65_HS1-834228961_62-HQ-83894_Section_3
Agency: FBI
Page 157
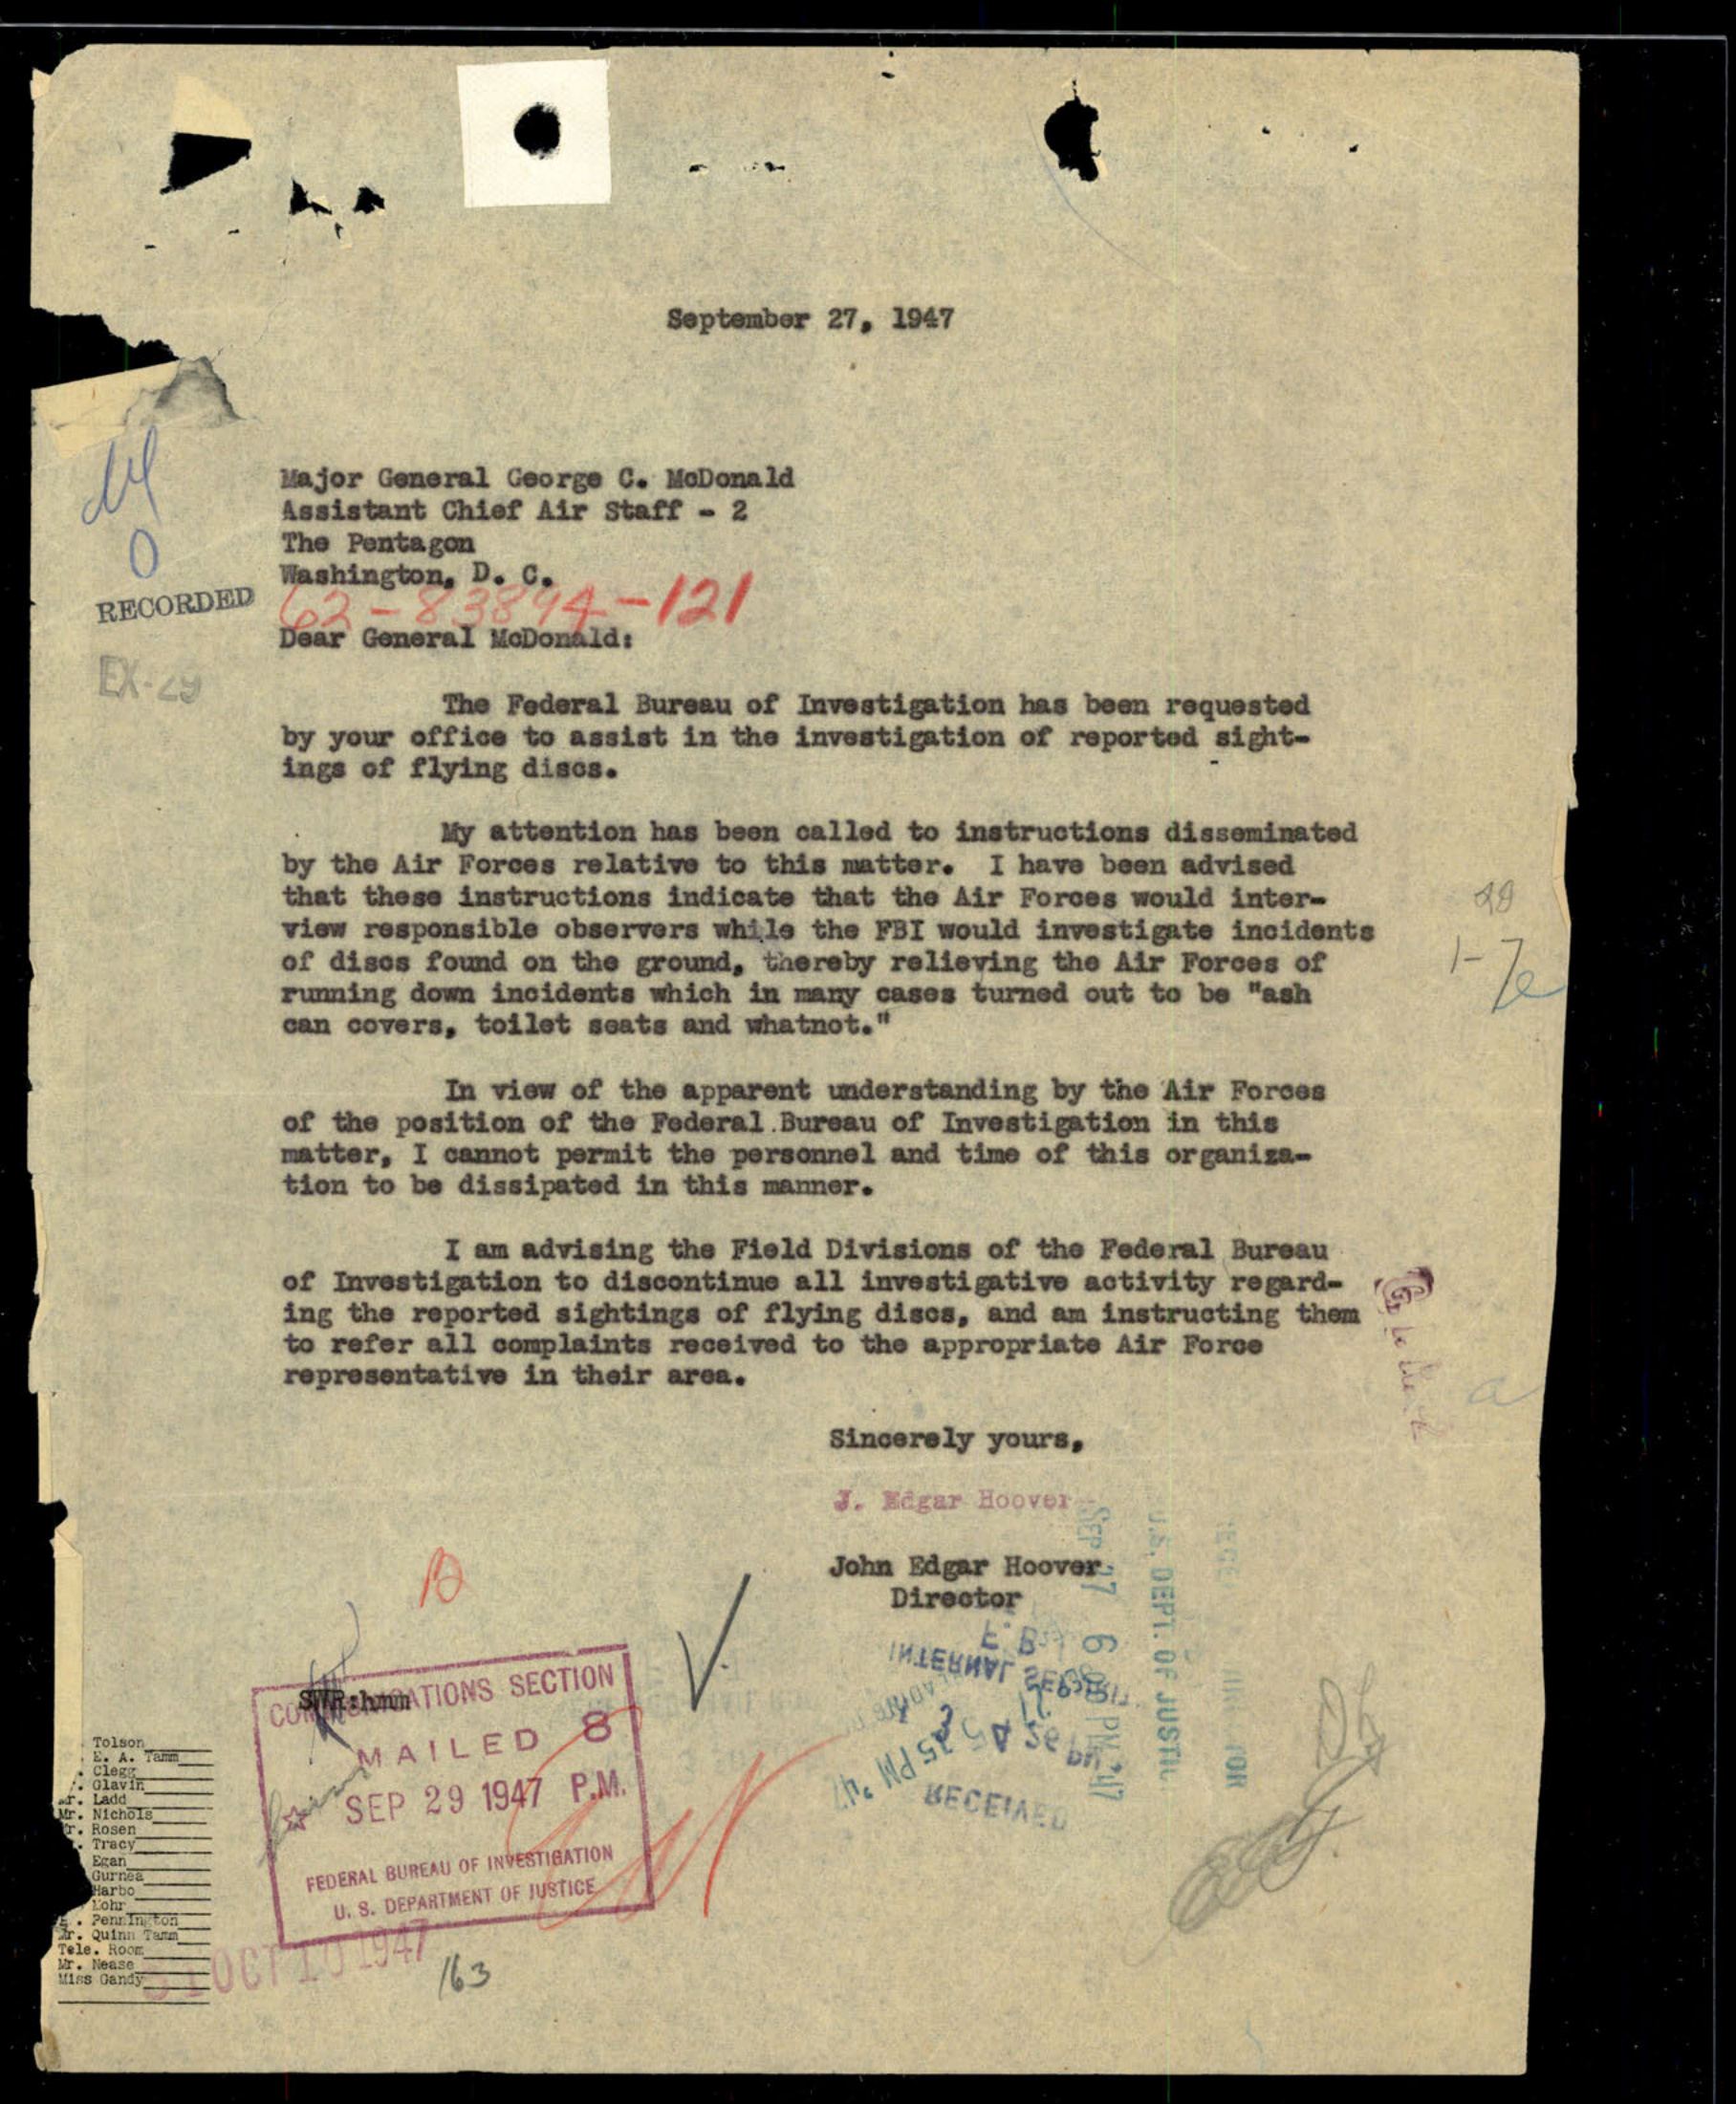